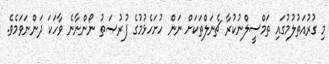
މި ގުރުއަތުލުމުގައި ތަމްސީލްނުކުރާ ޗެނަލްތަކަށް ނަން ހުށަހެޅުމުގެ ފުރުޞަތު ނޯންނާނެ ވާހަކަ ދަންނަވަމެވެ.